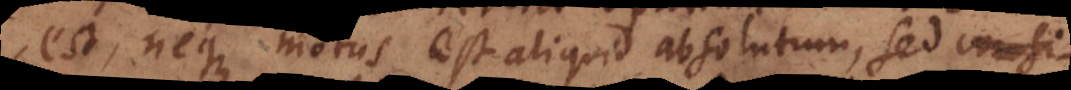
est, neque motus est aliquid absolutum, sed